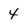
Character: 4